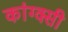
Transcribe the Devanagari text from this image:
कांग्क्सी